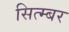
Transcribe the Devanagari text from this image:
सित्म्बर